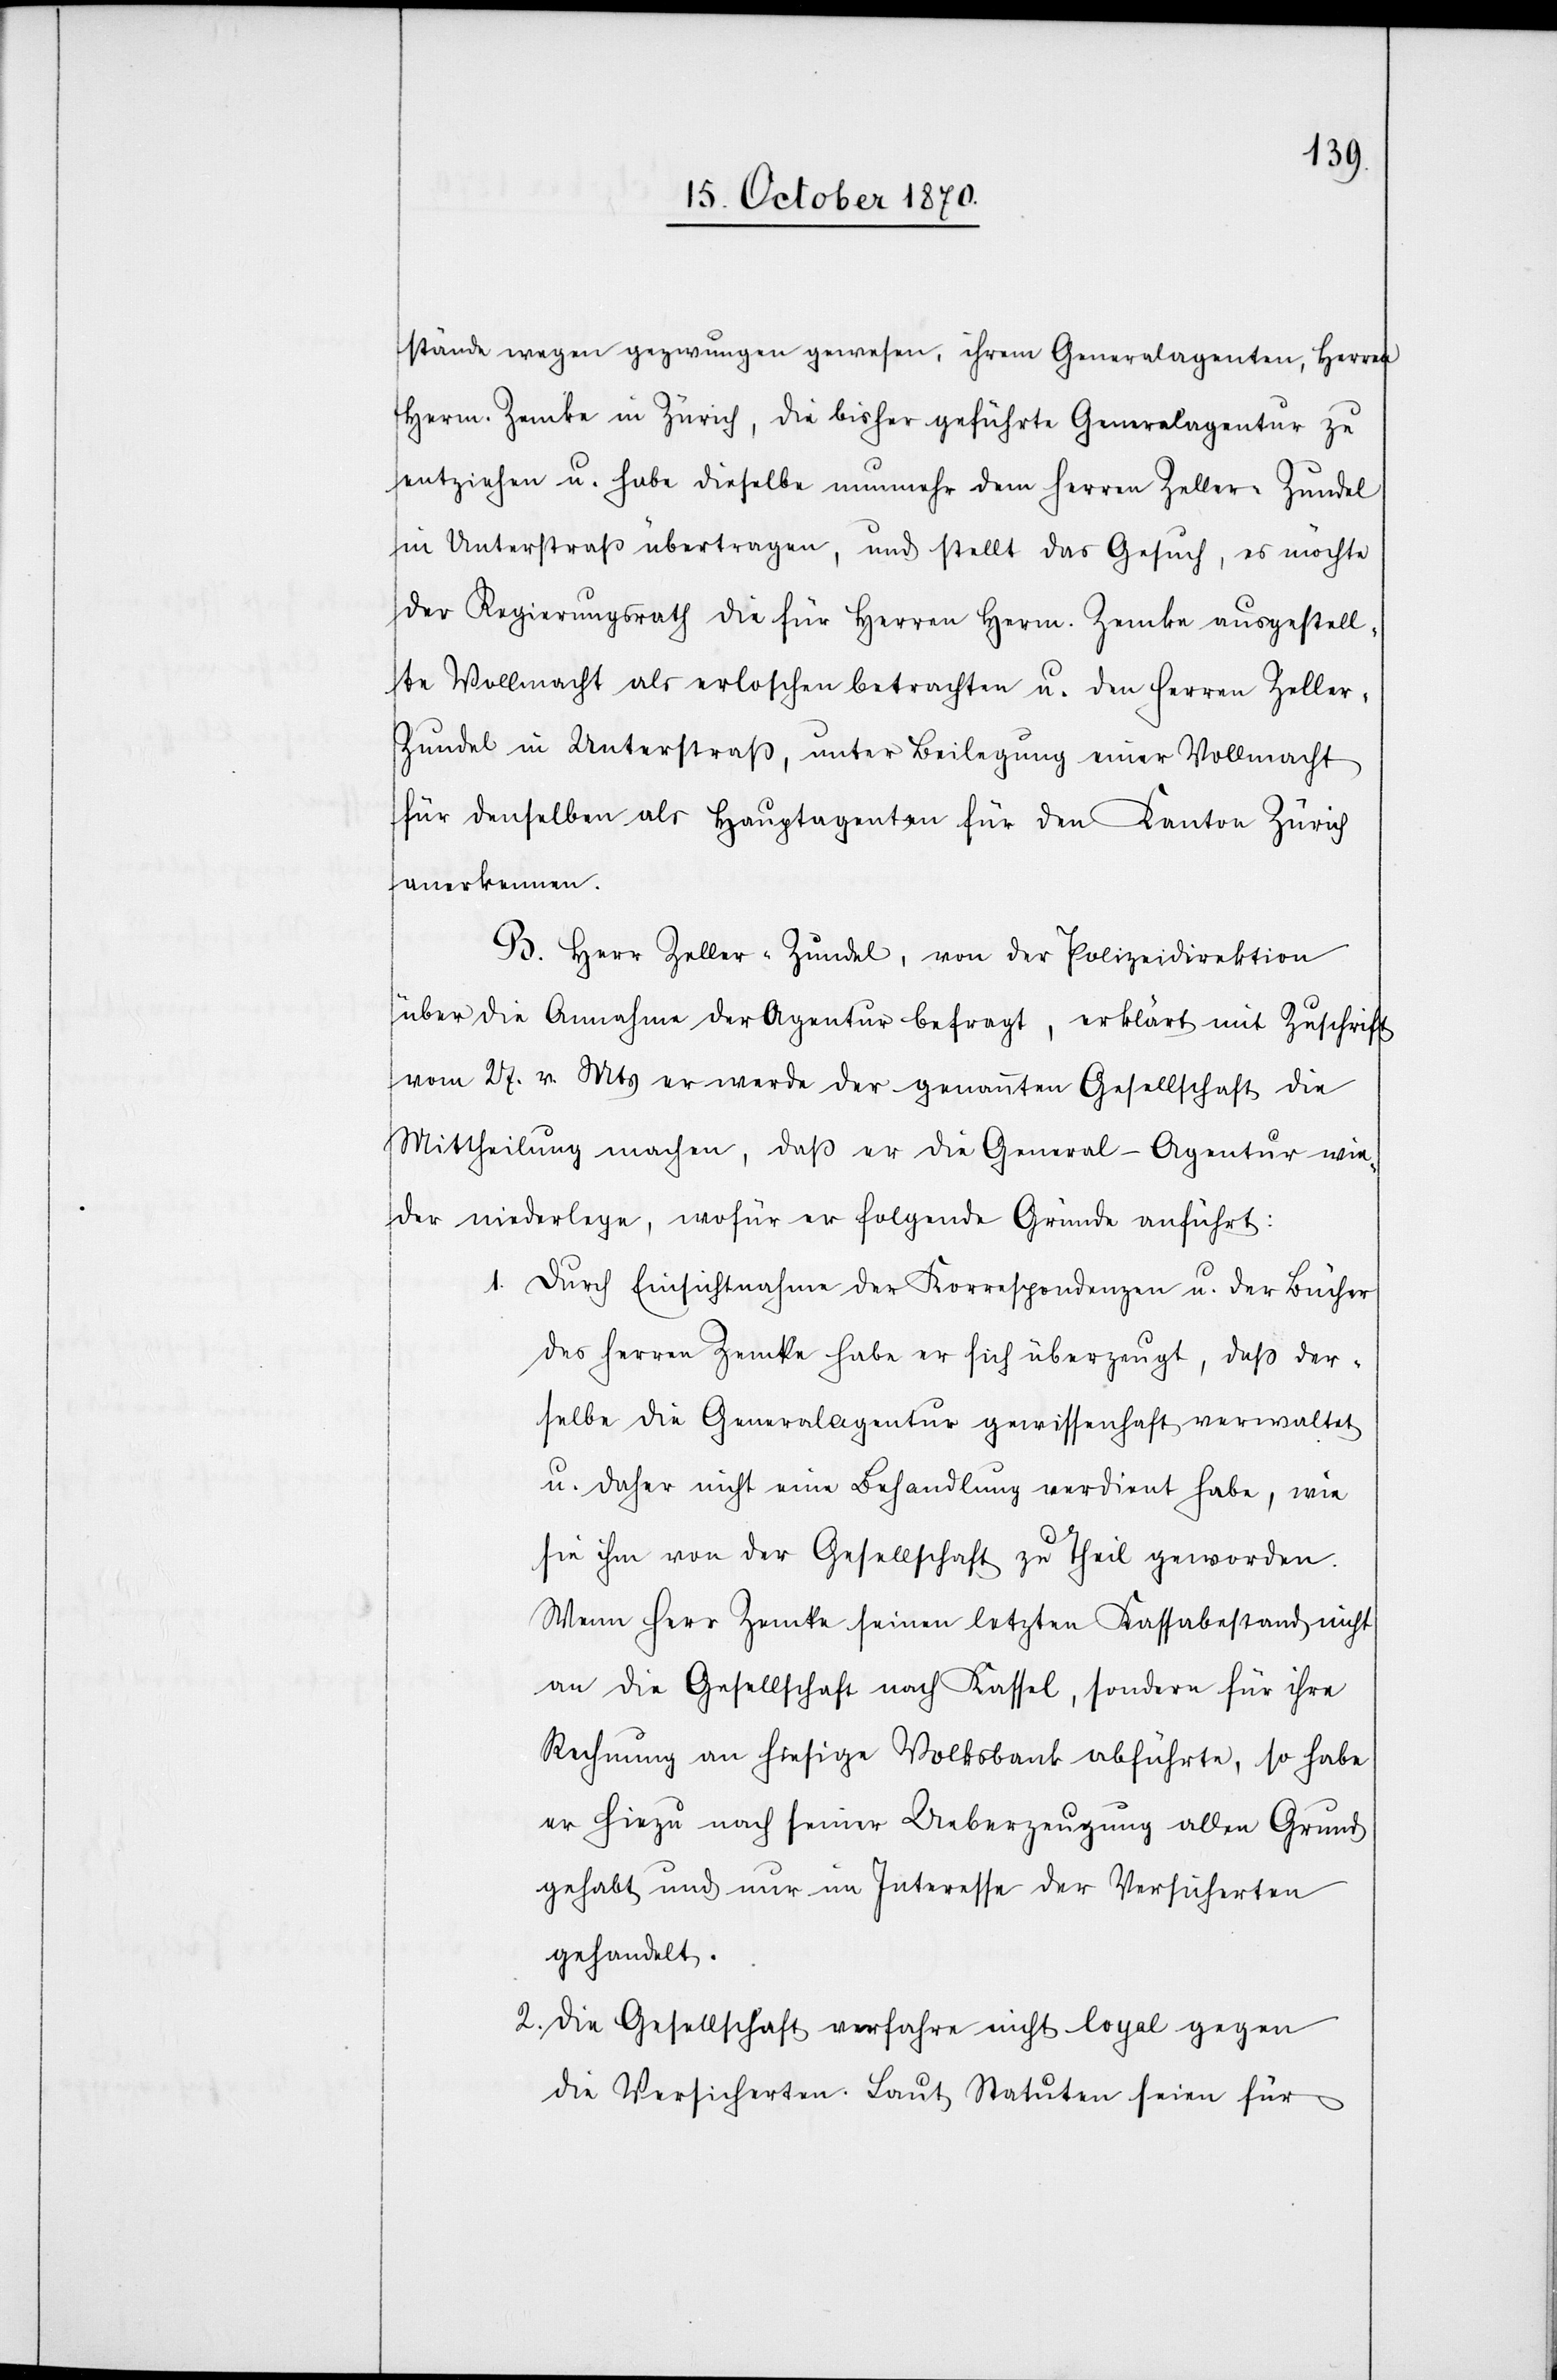
stände wegen gezwungen gewesen, ihrem Generalagenten, Herren
Herm. Zemke in Zürich, die bisher geführte Generalagentur zu
entziehen u. habe dieselbe nunmehr dem Herren Zeller-Zundel
in Unterstraß übertragen, und stellt das Gesuch, es möchte
der Regierungsrath die für Herren Herm. Zemke ausgestell¬
te Vollmacht als erloschen betrachten u. den Herren Zeller-Z¬
undel in Unterstraß, unter Beilegung einer Vollmacht
für denselben als Hauptagenten für den Kanton Zürich
anerkennen.
B. Herr Zeller-Zundel, von der Polizeidirektion
über die Annahme der Agentur befragt, erklärt mit Zuschrift
vom 27. v. Mts. er werde der genannten Gesellschaft die
Mittheilung machen, daß er die General-Agentur wie¬
der niederlege, wofür er folgende Gründe anführt:
1.
Durch Einsichtnahme der Korrespondenzen u. der Bücher
des Herren Zemke habe er sich überzeugt, daß der¬
selbe die Generalagentur gewissenhaft verwaltet
u. daher nicht eine Behandlung verdient habe, wie
sie ihm von der Gesellschaft zu Theil geworden.
Wenn Herr Zemke seinen letzten Kassabestand nicht
an die Gesellschaft nach Kassel, sondern für ihre
Rechnung an hiesige Volksbank abführte, so habe
er hiezu nach seiner Ueberzeugung allen Grund
gehabt und nur im Interesse der Versicherten
gehandelt.
2. Die Gesellschaft verfahre nicht loyal gegen
die Versicherten. Laut Statuten seien für